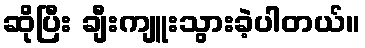
ဆိုပြီး ချီးကျူးသွားခဲ့ပါတယ်။